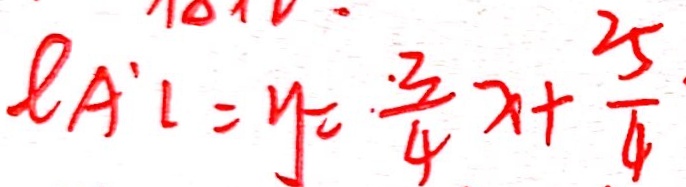
\varphi A ^ { \prime } l = y = \frac { 3 } { 4 } x + \frac { 2 5 } { 4 }